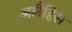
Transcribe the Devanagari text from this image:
अलैहिस